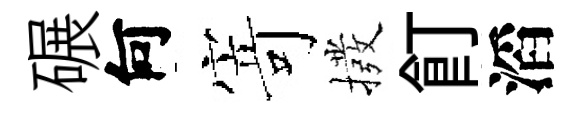
碾何𭔃撥飣滔